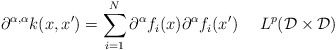
\begin{align*}\partial^{\alpha,\alpha}k(x,x') = \sum_{i=1}^N \partial^{\alpha}f_i(x)\partial^{\alpha}f_i(x') \ \ \ \ L^p(\mathcal{D}\times\mathcal{D})\end{align*}